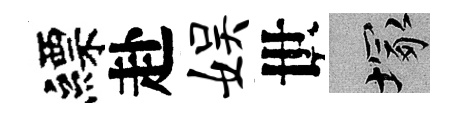
縹赴娱世塚